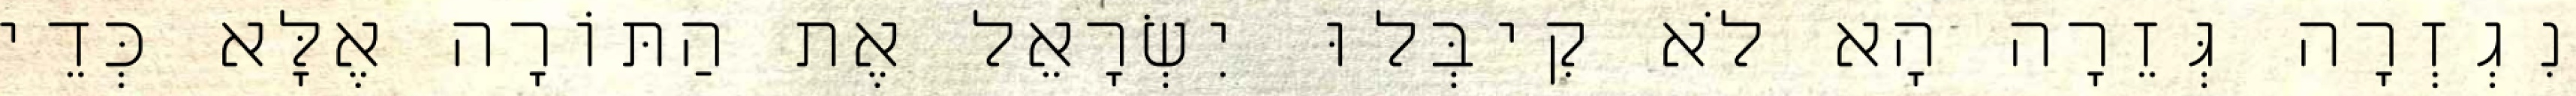
נִגְזְרָה גְּזֵרָה הָא לֹא קִיבְּלוּ יִשְׂרָאֵל אֶת הַתּוֹרָה אֶלָּא כְּדֵי